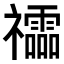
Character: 𥜧